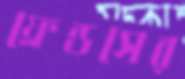
ফ্রেন্ডসের